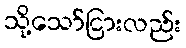
သို့သော်ငြားလည်း